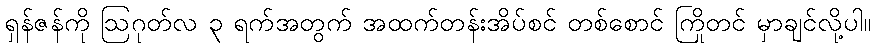
ရှန်ဇန်ကို ဩဂုတ်လ ၃ ရက်အတွက် အထက်တန်းအိပ်စင် တစ်စောင် ကြိုတင် မှာချင်လို့ပါ။